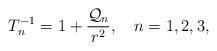
LaTeX: \begin{align*}T^{-1}_n=1+{{{\cal Q}_n}\over{r^2}}, \ \ \ n=1,2,3,\end{align*}